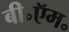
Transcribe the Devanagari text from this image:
बी॰ऍम॰